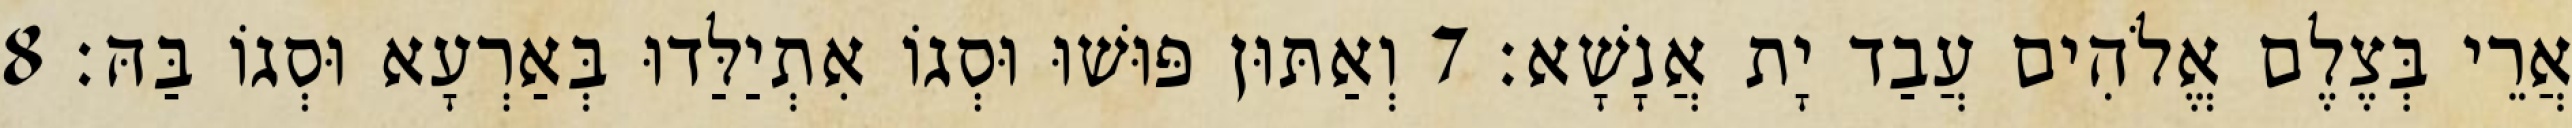
אֲרֵי בְּצֶלֶם אֱלֹהִים עֲבַד יָת אֲנָשָׁא׃ 7 וְאַתּוּן פּוּשׁוּ וּסְגוֹ אִתְיַלַּדוּ בְּאַרְעָא וּסְגוֹ בַּהּ׃ 8